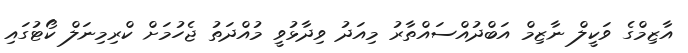
އާޒިމްގެ ވަކީލް ނާޒިމް އަބްދުއްސައްތާރު މިއަދު ވިދާޅުވީ މުއްދަތު ޖެހުމަށް ކްރިމިނަލް ކޯޓުގައި